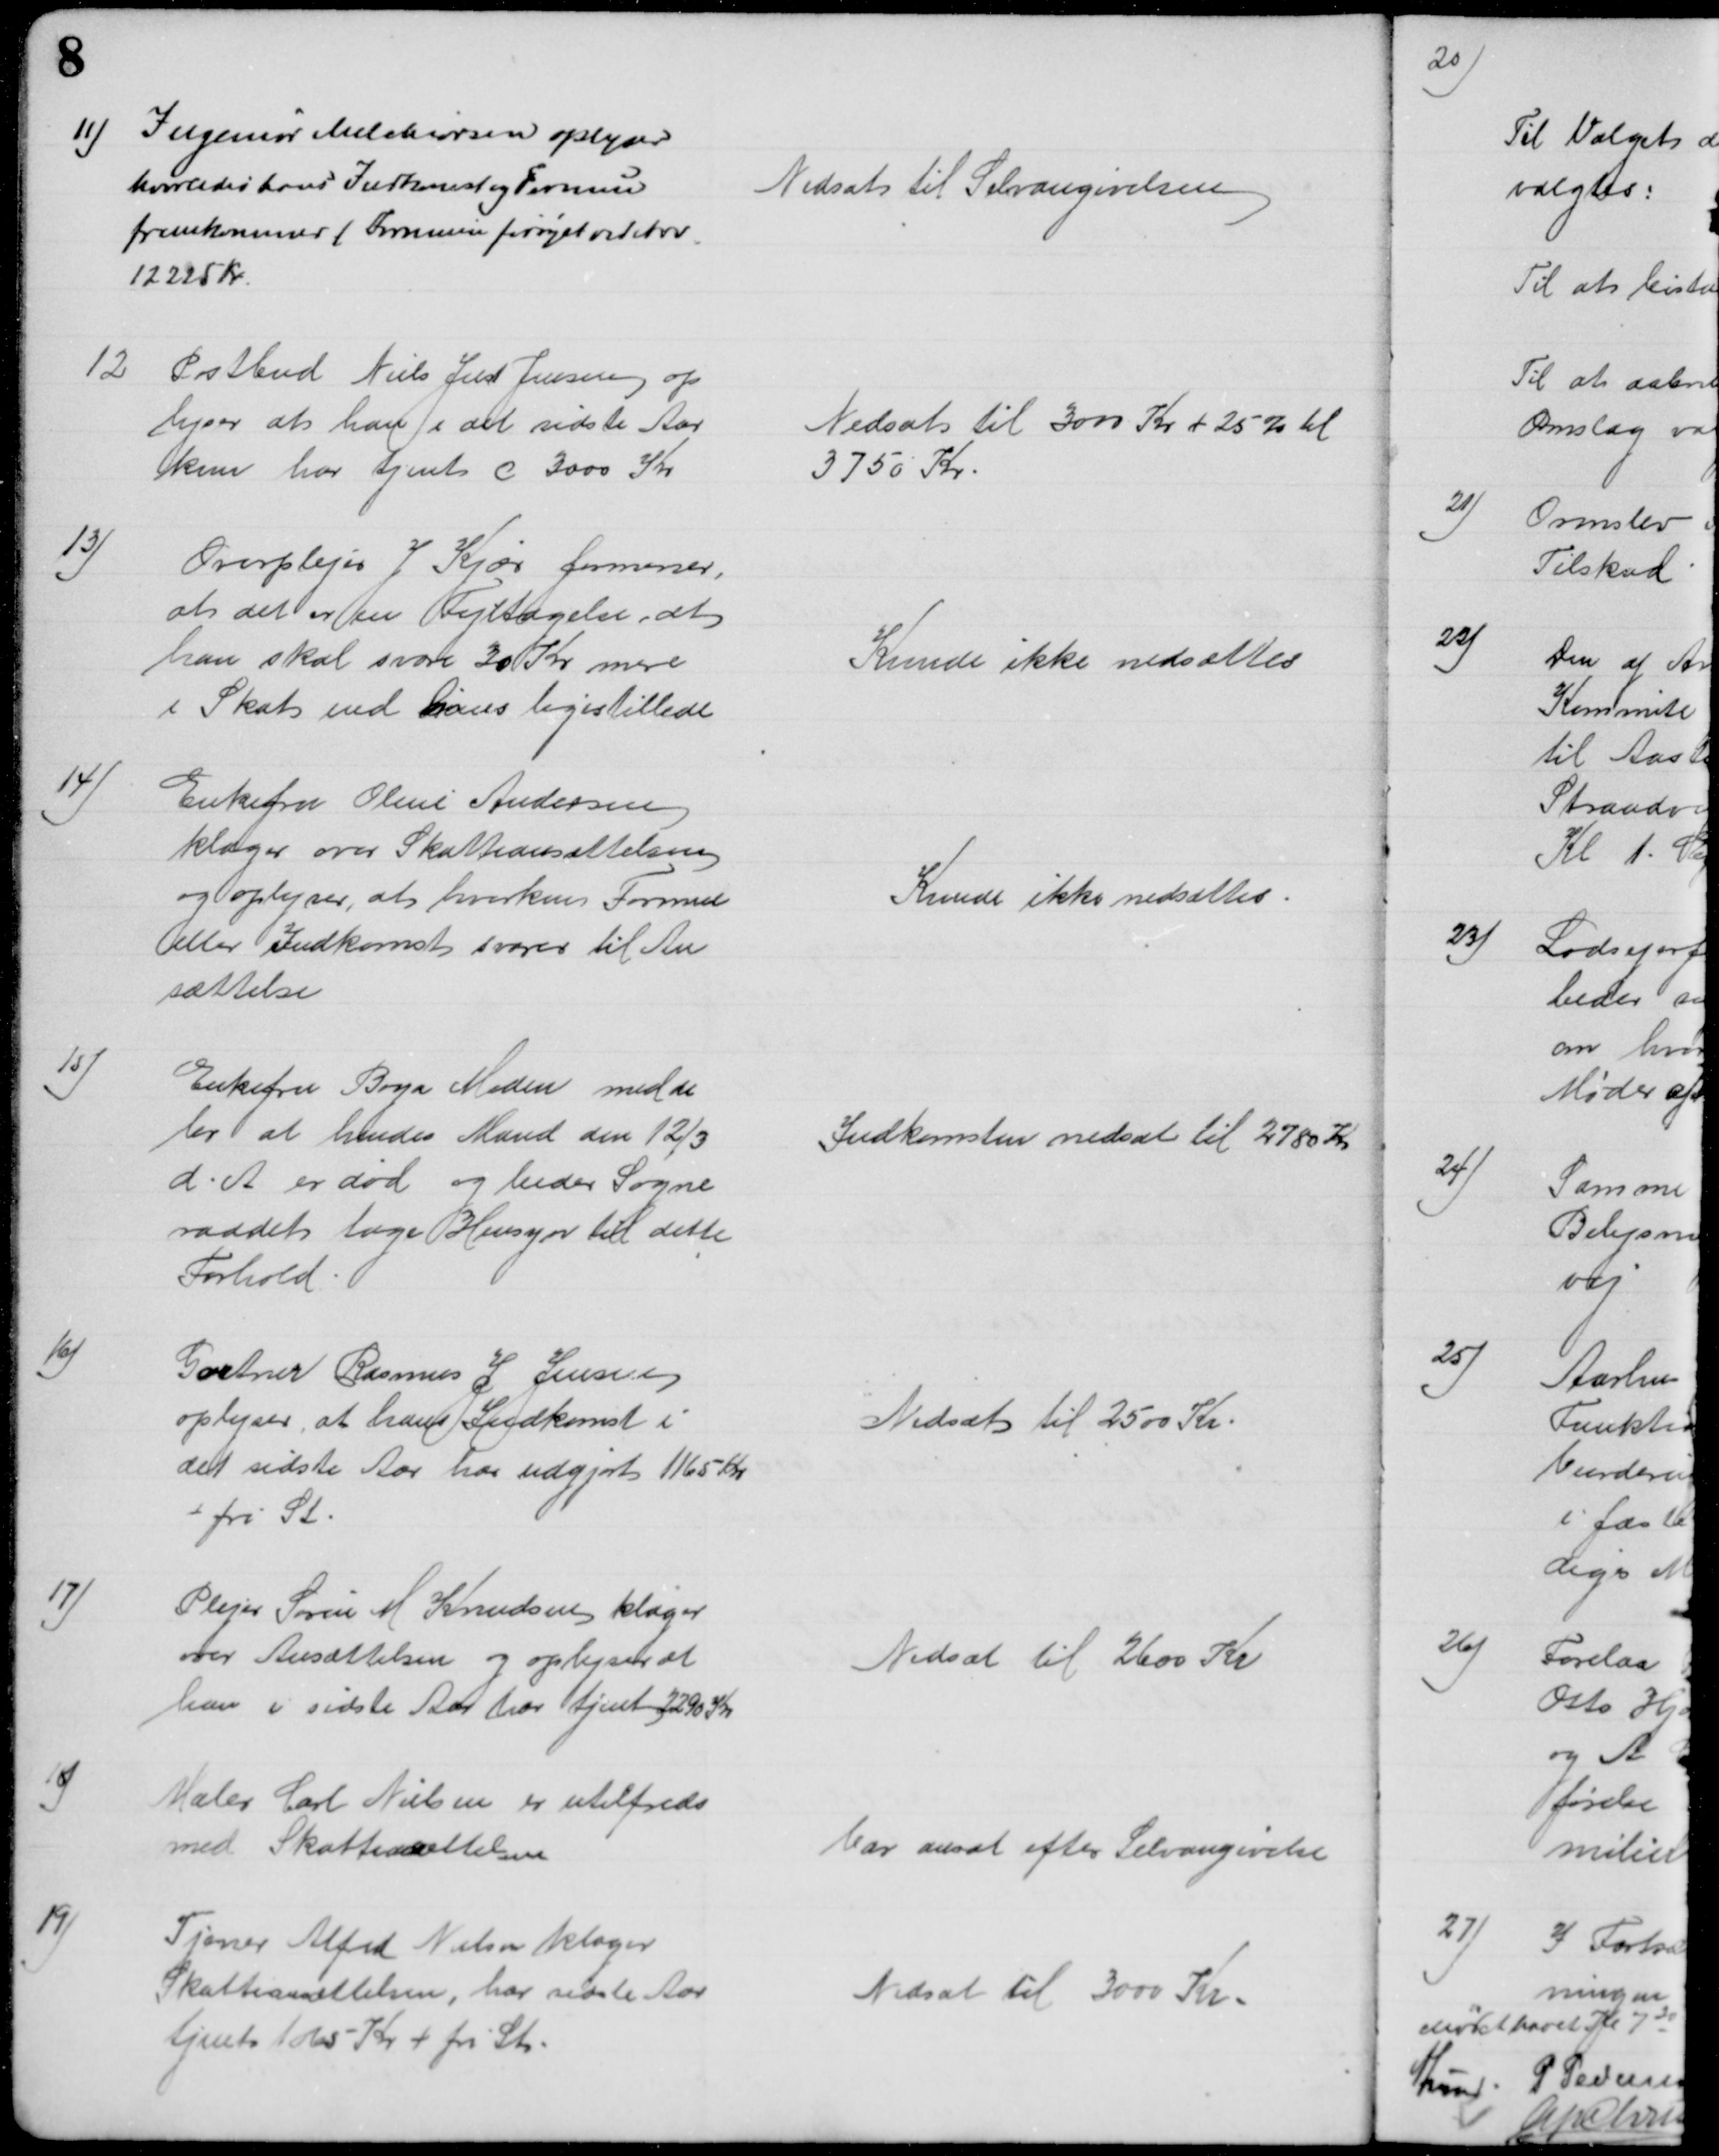
Transskription:
11) Ingeniør Melchiorsen oplyser
hvorledes hans Indkomst og Formue
fremkommer ( Formuen forøget ved Arv
12225 Kr.
Nedsat til Selvangivelsen
12 Postbud Niels Just Jensen op
lyser at han i det sidste Aar
kun har tjent c 3000 Kr
Nedsat til 3000 Kr + 25 % til
3750 Kr.
13)
Overplejer J Kjær formener,
at det er en Fejltagelse, at
han skal svare 30 Kr mere
i Skat end hans ligestillede
Kunde ikke nedsættes
14)
Enkefru Oline Andersen
klager over Skatteansættelsen
og oplyser, at hverken Formue
eller Indkomst svarer til An
sættelse
Kunde ikke nedsættes
15)
Enkefru Boya Meden medde
ler at hendes Mand den 12/3
d. A. er død og beder Sogne-
raadet tage Hensyn til dette
Forhold
Indkomsten nedsat til 2780 Kr
16)
Gartner Rasmus J Jensen
oplyser, at hans Indkomst i 
det sidste Aar har udgjort 1165 Kr.
+ fri St.
Nedsat til 2500 Kr.
17)
Plejer Søren M Knudsen klager
over Ansættelsen og oplyser at
han i sidste Aar har tjent 2290 Kr
Nedsat til 2600 Kr
18)
Maler Carl Nielsen er utilfreds
med Skattensættelsen
Var ansat efter Selvangivelse
19)
Tjener Alfred Nielsen klager
Skatteansættelsen, har sidste Aar
tjent 1065 Kr + fri St.
Nedsat til 3000 Kr.